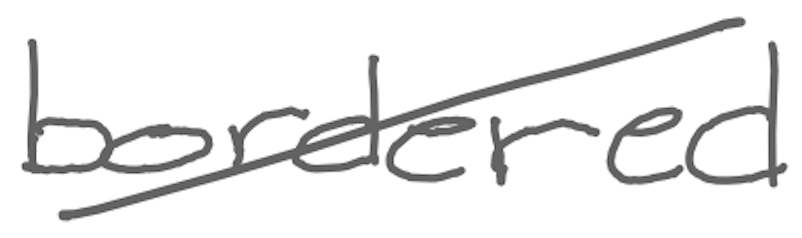
Text: bordered
Cross-out: diagonal
Writing tool: digital_gray